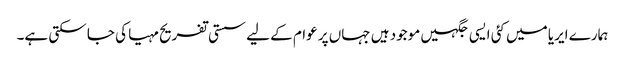
ہمارے ایریا میں کئی ایسی جگہیں موجود ہیں جہاں پر عوام کے لیے سستی تفریح مہیا کی جا سکتی ہے۔